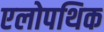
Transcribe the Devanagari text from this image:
एलोपथिक